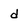
Character: d